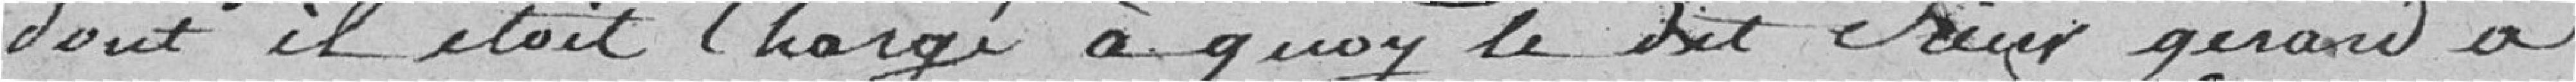
dont il était chargé. A quoi le dit sieur Girard a